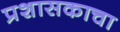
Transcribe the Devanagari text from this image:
प्रशासकाचा